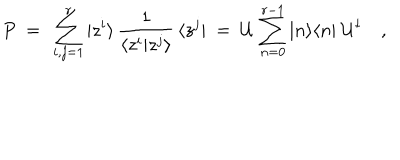
P \ = \ \sum _ { i , j = 1 } ^ { r } | z ^ { i } \rangle \, \frac { 1 } { \langle z ^ { i } | z ^ { j } \rangle } \, \langle z ^ { j } | \ = \ { \cal U } \, \sum _ { n = 0 } ^ { r - 1 } | n \rangle \langle n | \; { \cal U } ^ { \dagger } \quad ,